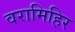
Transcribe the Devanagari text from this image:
वरामिहिर